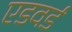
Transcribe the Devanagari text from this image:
एडवर्ड